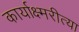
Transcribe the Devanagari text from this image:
कार्याक्ष्मरीत्या